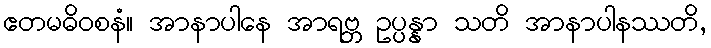
ဧတမဓိဝစနံ။ အာနာပါနေ အာရဗ္ဘ ဥပ္ပန္နာ သတိ အာနာပါနဿတိ,